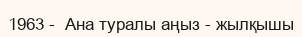
1963 -  Ана туралы аңыз - жылқышы